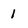
Character: 1